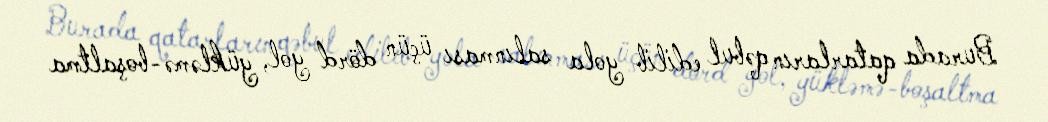
Burada qatarların qəbul edilib yola salınması üçün dörd yol, yükləmə-boşaltma